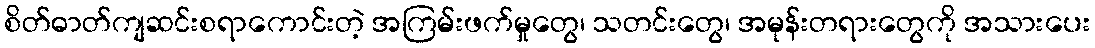
စိတ်ဓာတ်ကျဆင်းစရာကောင်းတဲ့ အကြမ်းဖက်မှုတွေ၊ သတင်းတွေ၊ အမုန်းတရားတွေကို အသားပေး